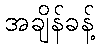
အချိန်ခန့်